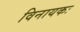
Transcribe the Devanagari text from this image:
विनायकः